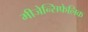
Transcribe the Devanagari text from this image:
मीजेन्सिफेलिक